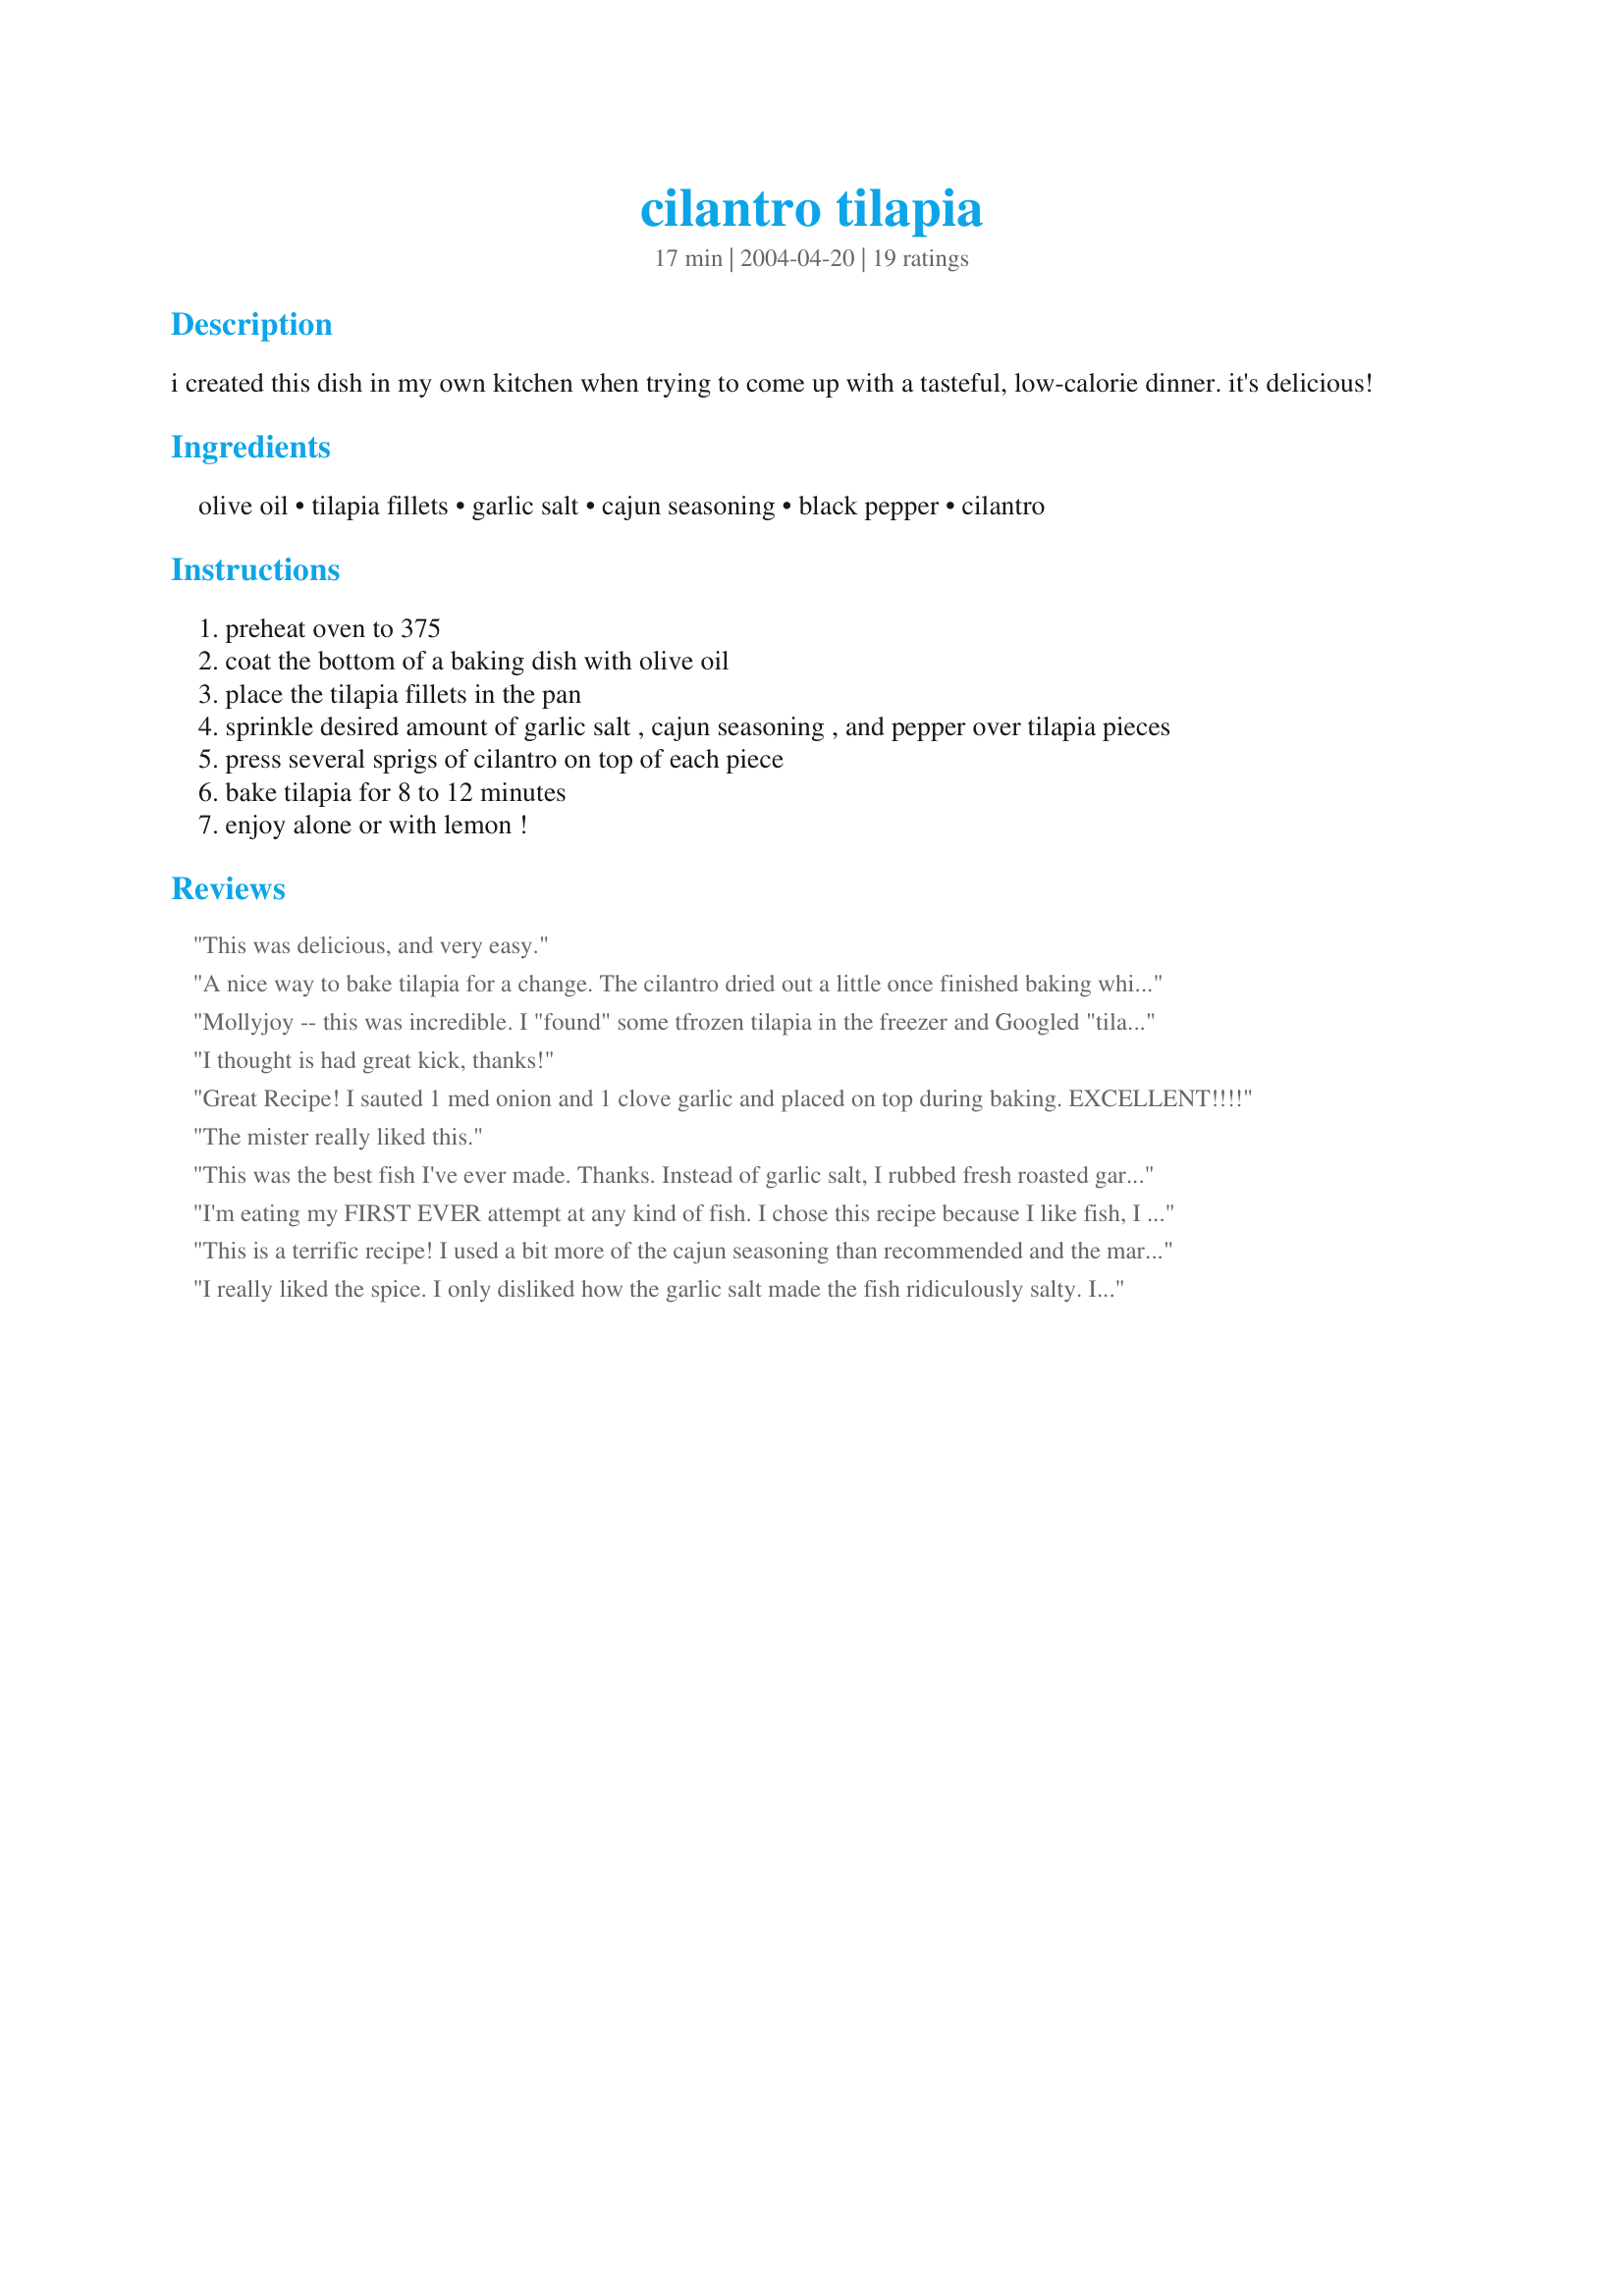
cilantro tilapia
Preparation time: 17 minutes

i created this dish in my own kitchen when trying to come up with a tasteful, low-calorie dinner. it's delicious!

Ingredients:
olive oil, tilapia fillets, garlic salt, cajun seasoning, black pepper, cilantro

Steps:
preheat oven to 375
coat the bottom of a baking dish with olive oil
place the tilapia fillets in the pan
sprinkle desired amount of garlic salt , cajun seasoning , and pepper over tilapia pieces
press several sprigs of cilantro on top of each piece
bake tilapia for 8 to 12 minutes
enjoy alone or with lemon !

Reviews:
This was delicious, and very easy.
A nice way to bake tilapia for a change. The cilantro dried out a little once finished baking which didn't look too appetizing - next time I will add them midway through the baking time. Very light and healthy recipe.
Mollyjoy -- this was incredible. I "found" some tfrozen tilapia in the freezer and Googled "tilapia + cilantro" and found your recipe. It was such a hit! Had to tell you how much we enjoyed it. THANKS!!
I thought is had great kick, thanks!
Great Recipe! I sauted 1 med onion and 1 clove garlic and placed on top during baking. EXCELLENT!!!!
The mister really liked this.
This was the best fish I've ever made. Thanks. Instead of garlic salt, I rubbed fresh roasted garlic (really soft) all over the fish, then added spices and cilantro. I grilled instead of baking it. Fantastic! Can't wait to make this one for guests.
I'm eating my FIRST EVER attempt at any kind of fish. I chose this recipe because I like fish, I had never cooked it, and this seemed nice and easy! And it was! So quick to prepare, it literally took me a minute or so of prep time. The blend of spices is wonderful. Seeing as how I don't live close enough to the ocean to get fresh tilapia, the slightly-fresh frozen filets turned out great. I wrapped mine in foil-like a boat- and coated both sides of the fish with olive oil, leaving some oil in the bottom of each foil "boat." I put on my desired amount of spices, and added a dash of lemon juice and put it in the oven for about ten minutes. It turned out fabulous. Thanks for helping to make my first attempt at cooking fish a successful one! I will definitely be using this recipe again!
This is a terrific recipe!

I used a bit more of the cajun seasoning than recommended and the market didn't have cilantro, so I used fresh parsley. It came out great amd was so easy to make. I had to have seconds.
I really liked the spice. I only disliked how the garlic salt made the fish ridiculously salty. I would either reduce the amount of garlic salt or instead just use garlic powder.

I will definitely make this again sometime. I might even use minced garlic instead of garlic salt . I cut the amount of olive oil down to one tablespoon to make the recipe a lot healthier. I not only coated the bottom with olive oil, I also coated the fish before putting on the spices.
I used 2 lbs (not 1) of fish, but I didn't even use 1 T of cajun seasoning or garlic salt, and my dh and I thought it was quite spicy. However, I was impressed that 2 of my kids still ate it (after rinsing it), and one kid kept asking for more. 2 lbs was not enough for a family of 5!
I brushed olive oil over both sides of each fillet, and also sprinkled both sides with cajun, pepper and garlic salt. I also added 1 crushed garlic clove, and squeezed some lime juice over them. Yum!!! Thanks for the post!
My youngest was upset we were having fish, but ended up having seconds. Very good. Will definately make again. Thanks Mollyjoy
Was looking for a recipe to use some extra cilantro I had on hand. DH and I both enjoyed it. Thanks for posting!
OHH this was GREAT!! My daughter made me make it for her again immediately, b/c 2 pieces of fish was not enough, and then said she wanted it again for dinner tomorrow! We loved it!!!! Thanks
This recipe was VERY EASY to make and my whole family loved it! It's a keeper! Thanks, Mollyjoy!
 It is rare that I can buy Tilapia in my small town but it was on sale frozen and I snapped it up. We love Cilantro and it was lovely on the fish. I was liberal with the Cajun seasoning and used fine roasted garlic powder instead of garlic salt. I have more Tilapia in the freezer and just may do this recipe again - Thanks Mollyjoe for a new taste sensation
Overall a good recipe, I thought it was a little bland on flavor and had to eat it with tartar sauce. Very easy and quick to make.
This went over well in our house, especially as it was a "weird" type of fish. I used fresh garlic as well and upped the pepper and cajun seasoning.
